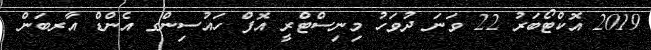
2019 އޮކްޓޯބަރު 22 ވަނަ ދުވަހު މިނިސްޓްރީ އޮފް ހައުސިންގ އެންޑް އާރބަން